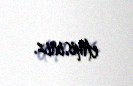
etmisiniz.